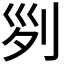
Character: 𠛱